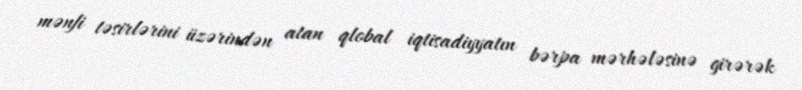
mənfi təsirlərini üzərindən atan qlobal iqtisadiyyatın bərpa mərhələsinə girərək